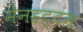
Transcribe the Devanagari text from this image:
मेनहट्टम